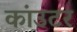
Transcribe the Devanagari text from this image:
कांउटर